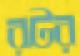
রটর